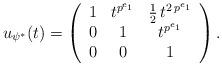
LaTeX: \begin{align*} u_{\psi^*}(t) = \left(\begin{array}{c c c} 1 & t^{p^{e_1}} & \frac{1}{2} \, t^{2 \, p^{e_1}} \\ 0 & 1 & t^{p^{e_1}} \\ 0 & 0 & 1\end{array}\right) . \end{align*}